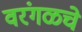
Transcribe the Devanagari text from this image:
वरंगळचे